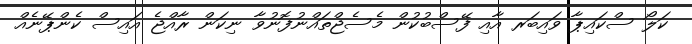
ކަލޯ ސްކައިޕާ ވައިބަރ އާއި ފޭސްބުކުން މެސެޖްތައްނުފޮނުވާ ނިކަން ރާއްޖެ އައިސް ކެންޕޭނެއް